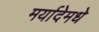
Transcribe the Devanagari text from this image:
मर्यादेमधे